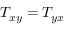
T _ { x y } = T _ { y x }